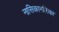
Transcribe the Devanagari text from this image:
नासिकानलिका